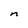
Character: n